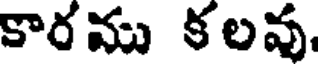
కారము కలవు.